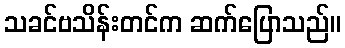
သခင်ဗသိန်းတင်က ဆက်ပြောသည်။